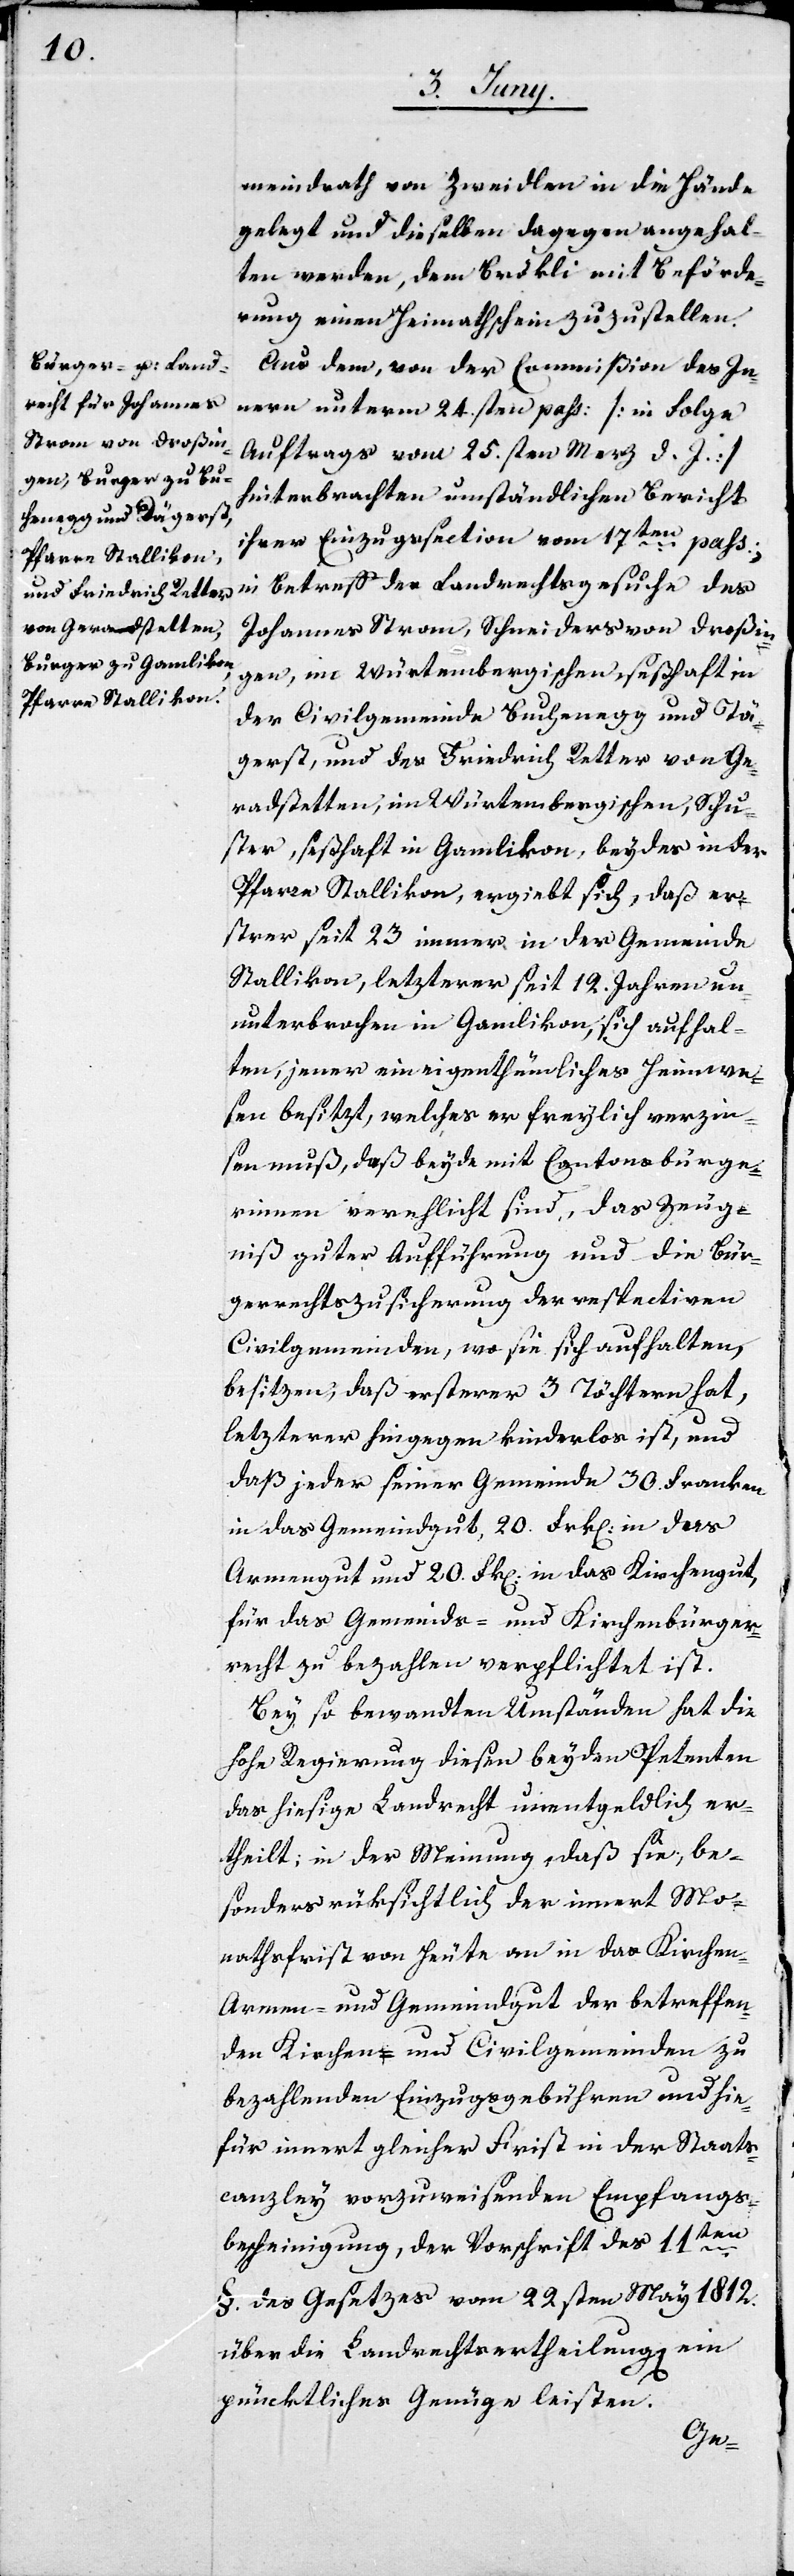
meindrath von Zweidlen in die Hände
gelegt und dieselbe dagegen angehal¬
ten werden, dem Brökli mit Beförde¬
rung einen Heimathschein zuzustellen.
Aus dem, von der Commißion des In¬
nern unterm 24.sten pass. [in Folge
Auftrags vom 25sten Merz d. J.]
hinterbrachten umständlichen Bericht
ihrer Einzugssection vom 17ten pass.,
in Betreff der Landrechtsgesuche des
Johannes Strom, Schneiders von Droßin¬
gen, im Würtembergischen, seßhaft in
der Civilgemeinde Buchenegg und Tä¬
gerst, und des Friedrich Retter von Ge¬
radstetten, im Würtembergischen, Schu¬
ster, seßhaft in Gamlikon, beydes in der
Pfarre Stallikon, ergiebt sich, daß er¬
strer seit 23 immer in der Gemeinde
Stallikon, letzterer seit 12. Jahren un¬
unterbrochen in Gamlikon, sich aufhal¬
ten, jener ein eigenthümliches Heimwe¬
sen besitzt, welches er freylich verzin¬
sen muß, daß beyde mit Cantonsbürge¬
rinnen verehelicht sind, das Zeug¬
niß guter Aufführung und die Bür¬
gerrechtszusicherung der respectiven
Civilgemeinden, wo sie sich aufhalten,
besitzen, daß ersterer 3 Töchtern hat,
letzterer hingegen kinderlos ist, und
daß jeder seiner Gemeinde 30. Franken
in das Gemeindgut, 20. Frk[en]. in das
Armengut und 20. Fk[en]. in das Kirchengut
für das Gemeinds- und Kirchenbürger¬
recht zu bezahlen verpflichtet ist.
Bey so bewandten Umständen hat die
Hohe Regierung diesen beyden Petenten
das hiesige Landrecht unentgeldlich er¬
theilt; in der Meinung, daß sie, be¬
sonders rücksichtlich der innert Mo¬
natsfrist von heute an in das Kirchen-[,]
Armen- und Gemeindgut der betreffen¬
den Kirchen- und Civilgemeinden zu
bezahlenden Einzugsgebühren und hie¬
für innert gleicher Frist in der Staats¬
canzely vorzuweisenden Empfangs¬
bescheinigung, der Vorschrift des 11ten
§. des Gesetzes vom 22sten May 1812.
über die Landrechtsertheilung ein
püncktliches Genüge leisten.